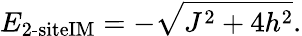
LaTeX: E_{\textrm{2-siteIM}}=-\sqrt{J^{2}+4h^{2}}.